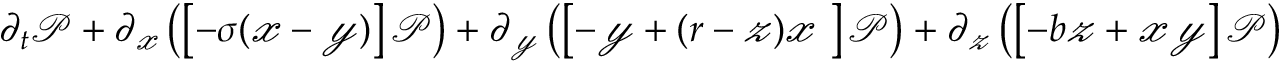
\begin{array} { r l } { \partial _ { t } \mathcal { P } + \partial _ { \mathscr { x } } \left( \left[ - \sigma ( \mathscr { x } - \mathscr { y } ) \right] \mathcal { P } \right) + \partial _ { \mathscr { y } } \left( \left[ - \mathscr { y } + ( r - \mathscr { z } ) \mathscr { x } \ \right] \mathcal { P } \right) + \partial _ { \mathscr { z } } \left( \left[ - b \mathscr { z } + \mathscr { x } \mathscr { y } \right] \mathcal { P } \right) } & { { } = 0 } \end{array}